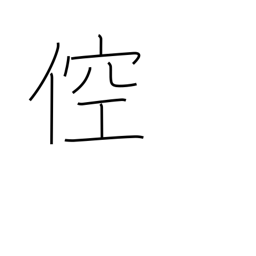
Meaning: boorish